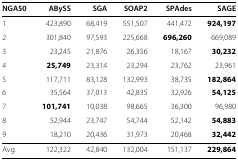
<table><thead><tr><td><b>NGA50</b></td><td><b>ABySS</b></td><td><b>SGA</b></td><td><b>SOAP2</b></td><td><b>SPAdes</b></td><td><b>SAGE</b></td></tr></thead><tbody><tr><td>1</td><td>423,890</td><td>68,419</td><td>551,507</td><td>441,472</td><td><b>924,197</b></td></tr><tr><td>2</td><td>301,840</td><td>97,593</td><td>225,668</td><td><b>696,260</b></td><td>669,089</td></tr><tr><td>3</td><td>23,245</td><td>21,876</td><td>26,356</td><td>18,167</td><td><b>30,232</b></td></tr><tr><td>4</td><td><b>25,749</b></td><td>23,314</td><td>23,294</td><td>23,762</td><td>23,961</td></tr><tr><td>5</td><td>117,711</td><td>83,128</td><td>132,993</td><td>38,735</td><td><b>182,864</b></td></tr><tr><td>6</td><td>35,564</td><td>37,013</td><td>42,835</td><td>32,926</td><td><b>54,125</b></td></tr><tr><td>7</td><td><b>101,741</b></td><td>10,038</td><td>98,665</td><td>36,300</td><td>96,980</td></tr><tr><td>8</td><td>52,944</td><td>23,747</td><td>54,744</td><td>52,142</td><td><b>54,883</b></td></tr><tr><td>9</td><td>18,210</td><td>20,436</td><td>31,973</td><td>20,468</td><td><b>32,442</b></td></tr><tr><td>Avg.</td><td>122,322</td><td>42,840</td><td>132,004</td><td>151,137</td><td><b>229,864</b></td></tr></tbody></table>